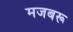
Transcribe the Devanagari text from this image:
मजबरू